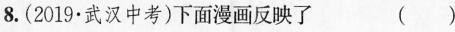
8.(2019 · 武汉中考)下面漫画反映了 ( )